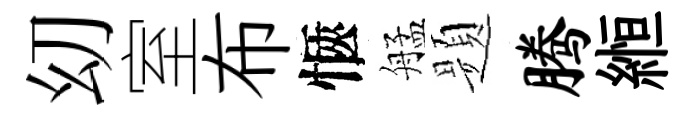
㓜室布愜艋题腾縆